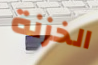
الخزنة